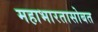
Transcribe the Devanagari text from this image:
महाभारतासोबत